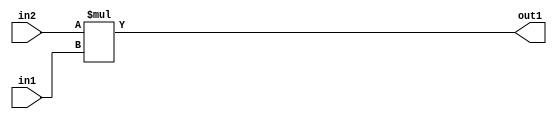
`timescale 1ps / 1ps
/*****************************************************************************
    Verilog RTL Description
    
    
    Created by: Stratus DpOpt 2019.1.01 
*******************************************************************************/

module DC_Filter_Mul_9Ux3U_12U_4 (
	in2,
	in1,
	out1
	); /* architecture "behavioural" */ 
input [8:0] in2;
input [2:0] in1;
output [11:0] out1;
wire [11:0] asc001;

assign asc001 = 
	+(in2 * in1);

assign out1 = asc001;
endmodule

/* CADENCE  ubD2SQA= : u9/ySgnWtBlWxVPRXgAZ4Og= ** DO NOT EDIT THIS LINE ******/